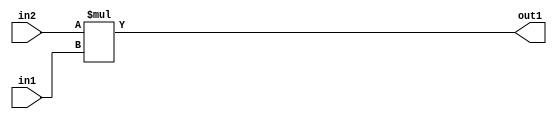
`timescale 1ps / 1ps
/*****************************************************************************
    Verilog RTL Description
    
    
    Created by: Stratus DpOpt 2019.1.01 
*******************************************************************************/

module DC_Filter_Mul_9Ux3U_12U_4 (
	in2,
	in1,
	out1
	); /* architecture "behavioural" */ 
input [8:0] in2;
input [2:0] in1;
output [11:0] out1;
wire [11:0] asc001;

assign asc001 = 
	+(in2 * in1);

assign out1 = asc001;
endmodule

/* CADENCE  ubD2SQA= : u9/ySgnWtBlWxVPRXgAZ4Og= ** DO NOT EDIT THIS LINE ******/